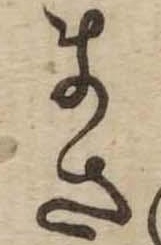
まさ